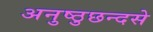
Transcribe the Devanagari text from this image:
अनुष्ठुछन्दसे